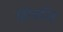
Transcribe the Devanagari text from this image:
खोङजि